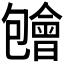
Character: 𱑃